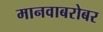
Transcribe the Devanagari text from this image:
मानवाबरोबर